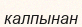
калпынан